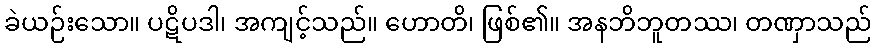
ခဲယဉ်းသော။ ပဋိပဒါ၊ အကျင့်သည်။ ဟောတိ၊ ဖြစ်၏။ အနဘိဘူတဿ၊ တဏှာသည်